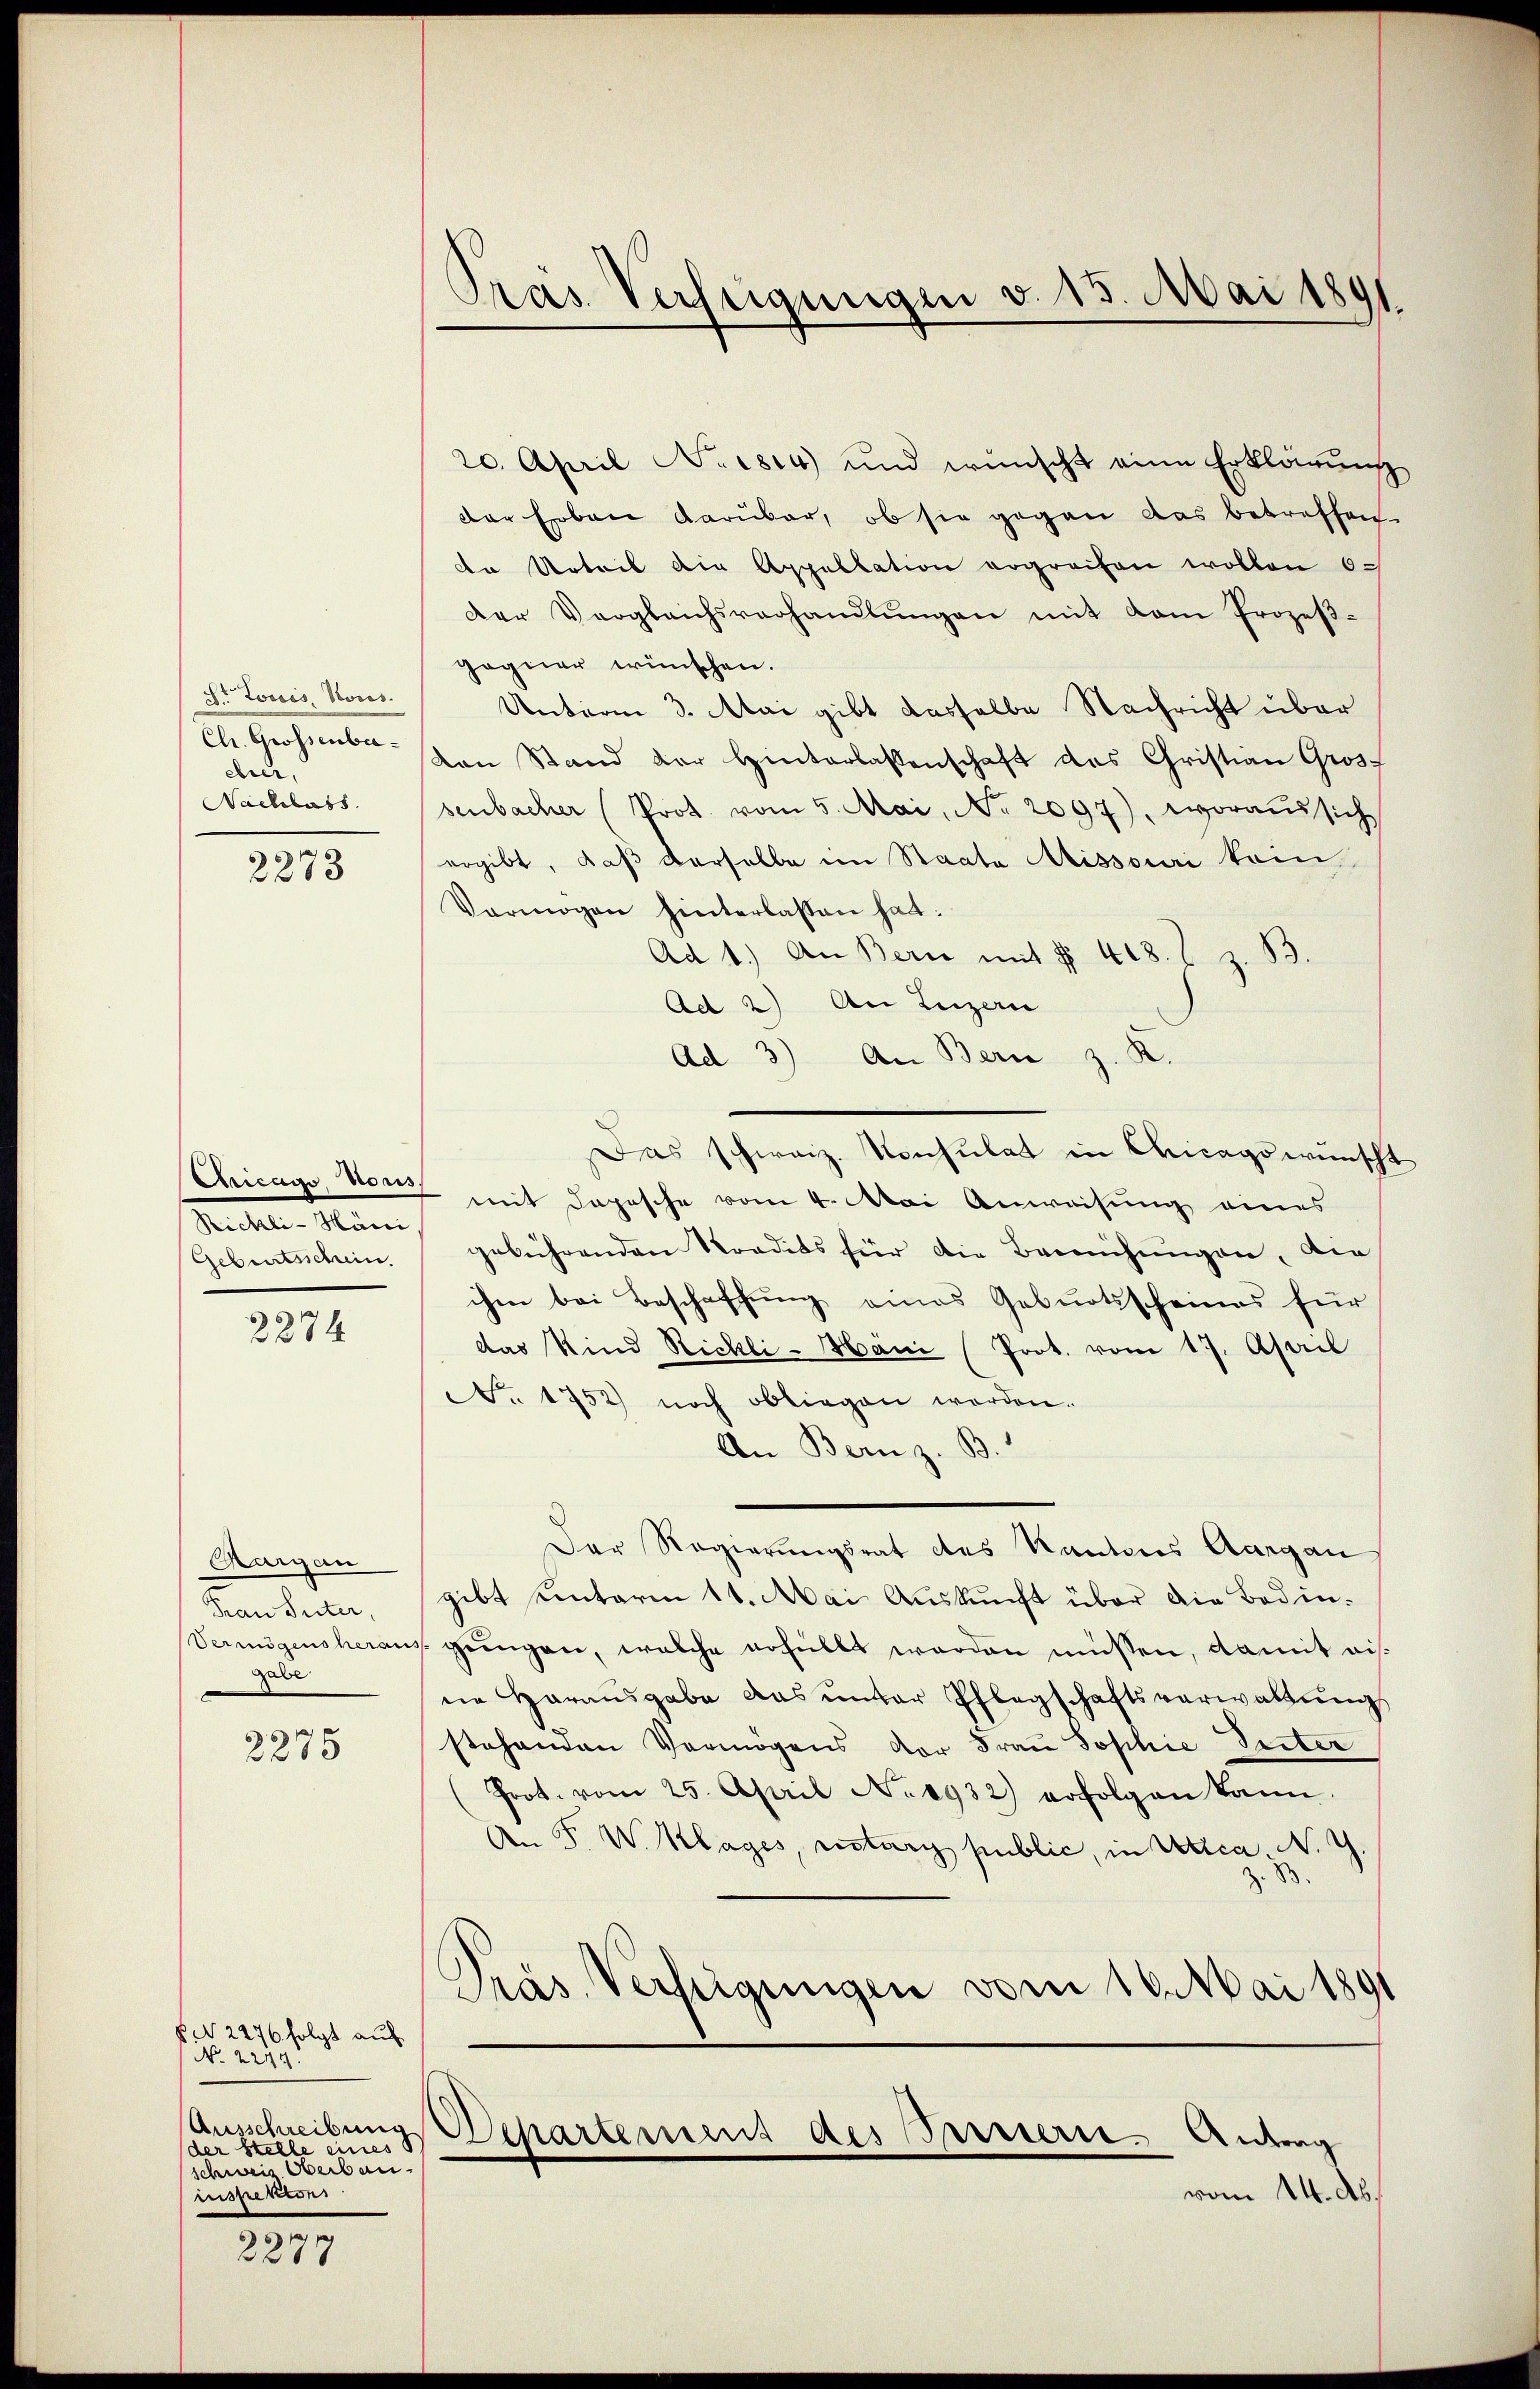
J. Louis, Nous.
dele
Nachlass

2273

Rickli-Häni

2274

Aargau
Frau Suter,
gabe

2275

§N 2276 folgt auf
N. 2214.
der Stelle eines S
schweiz erbau
inspektion

.
22

Pras Verfeigungen v. 15. Mai 1891

20. April No 1814) und wünscht eine Erklärung
der Erben darüber, ob sie gegen das betreffen.
de Urteil die Appellation ergreifen wollen 6.
Der Vergleichsverhandlŭngen mit dem Prozeβ-
gegner wünschen.
Unterm 3. Mai gibt dasselbe Nachricht über
Chr. Grossenbar von Stand der Hinterlassenschaft des Christian Gros
senbacher (Prot. vom 5. Mai, No. 2097), woraŭssich
ergibt, daß derselbe im Staate Missouri kein
Vermögen hinterlassen hat.
Ad 1.) An Bern mit § 418. J z. B.
Ad 2) An Luzern
Ad 3) An Bern z. R.
Chicago, von mit Depesche vom 4. Mai Anweisung eines
Geburtsschein gebührenden Stradits für die Berechŭngen, die
ihm bei Beschaffung eines Geburtsscheines für
das Kind Richli-Mäni (Prot. vom 17. April
No. 1752) noch obliegen werden.
An Bern z. B.
Der Regierungsrat des Kantons Aargau
gibt einterm 11. Mai Auskunft über die Bedin¬
Vermögensheraus gingen, welche erhüllt worden müssen, damit aisne Herausgabe das unter Pflegschaftsverwaltung
stehenden Vermögens der Frau Sophie Seiter
Prot. vom 25. April No 1932) erfolgen kann.
An F. W. Klages, restari public, in Alca, No 4
Präs. Verfügungen vom 16. Mai 1891
Ausschreibung Departement des Innern. Antrag
vom 14. Ap

Das schweiz. Konsulat in Chicagswunscht